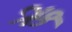
ઋ